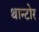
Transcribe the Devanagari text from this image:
थान्टोर